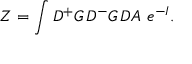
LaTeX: Z = \int { \cal D } { ^ + } G \, { \cal D } { ^ - } G \, { \cal D } A \, \, e ^ { - I } .